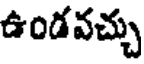
ఉండవచ్చు